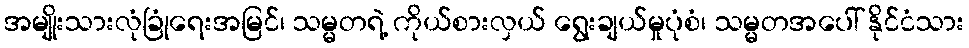
အမျိုးသားလုံခြုံရေးအမြင်၊ သမ္မတရဲ့ ကိုယ်စားလှယ် ရွေးချယ်မှုပုံစံ၊ သမ္မတအပေါ် နိုင်ငံသား